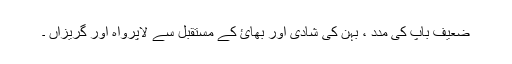
ضعیف باپ کی مدد ، بہن کی شادی اور بھائ کے مستقبل سے لاپرواہ اور گریزاں ۔